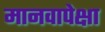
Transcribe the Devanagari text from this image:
मानवापेक्षा